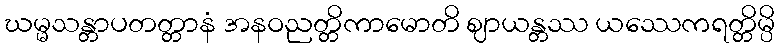
ဃမ္မသန္တာပတတ္တာနံ အနဝညတ္တိကာမောတိ ဈာယန္တဿ ယဿေကရတ္တိမ္ပိ